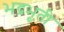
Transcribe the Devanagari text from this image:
भद्रभूती